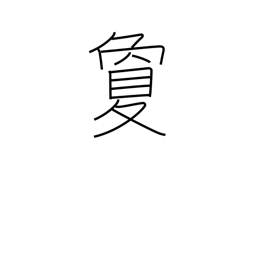
Meaning: far